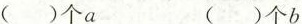
（）个a （）个b